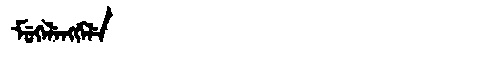
Manchu: ᠮᡠᡴᡝᠯᡝᠩᡤᡝᠯᡝ
Romanization: MUKELENGGELE